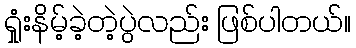
ရှုံးနိမ့်ခဲ့တဲ့ပွဲလည်း ဖြစ်ပါတယ်။